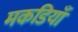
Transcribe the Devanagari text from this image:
मकडियाँ